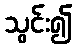
သွင်း၍